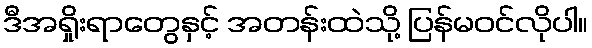
ဒီအရှိုးရာတွေနှင့် အတန်းထဲသို့ ပြန်မဝင်လိုပါ။